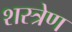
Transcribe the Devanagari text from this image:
शस्त्रेण